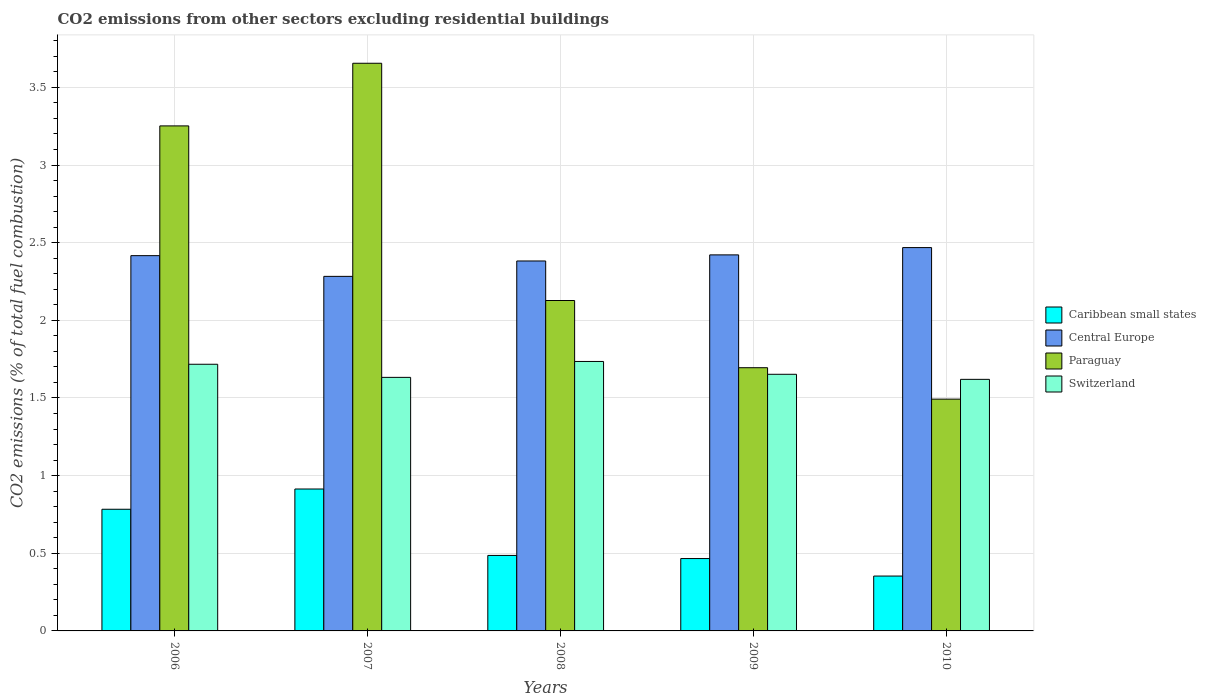
| Years | Caribbean small states | Central Europe | Paraguay | Switzerland |
 | --- | --- | --- | --- | --- |
 | 2006 | 0.783 | 2.42 | 3.25 | 1.72 |
 | 2007 | 0.914 | 2.28 | 3.66 | 1.63 |
 | 2008 | 0.486 | 2.38 | 2.13 | 1.74 |
 | 2009 | 0.466 | 2.42 | 1.69 | 1.65 |
 | 2010 | 0.353 | 2.47 | 1.49 | 1.62 |